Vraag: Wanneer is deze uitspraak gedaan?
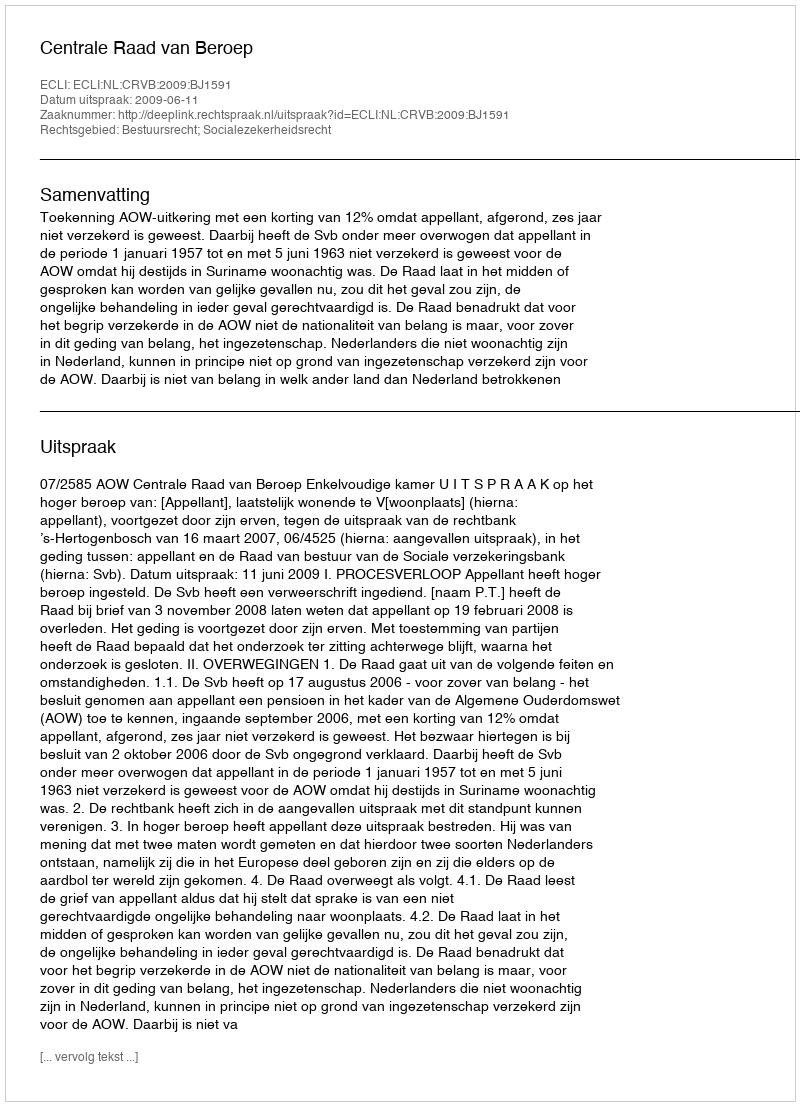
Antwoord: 2009-06-11